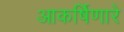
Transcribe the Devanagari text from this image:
आकर्षिणारे